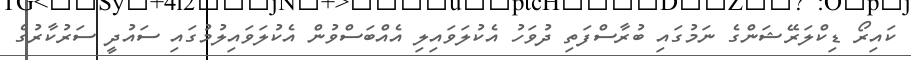
ކައިރޯ ޑިކްލަރޭޝަންގެ ނަމުގައި ބުރާސްފަތި ދުވަހު އެކުލަވައިލި އެއްބަސްވުން އެކުލަވައިލުމުގައި ސައުދީ ސަރުކާރުގެ